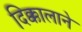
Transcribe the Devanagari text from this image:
दिक्कालाने